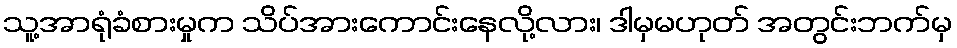
သူ့အာရုံခံစားမှုက သိပ်အားကောင်းနေလို့လား၊ ဒါမှမဟုတ် အတွင်းဘက်မှ